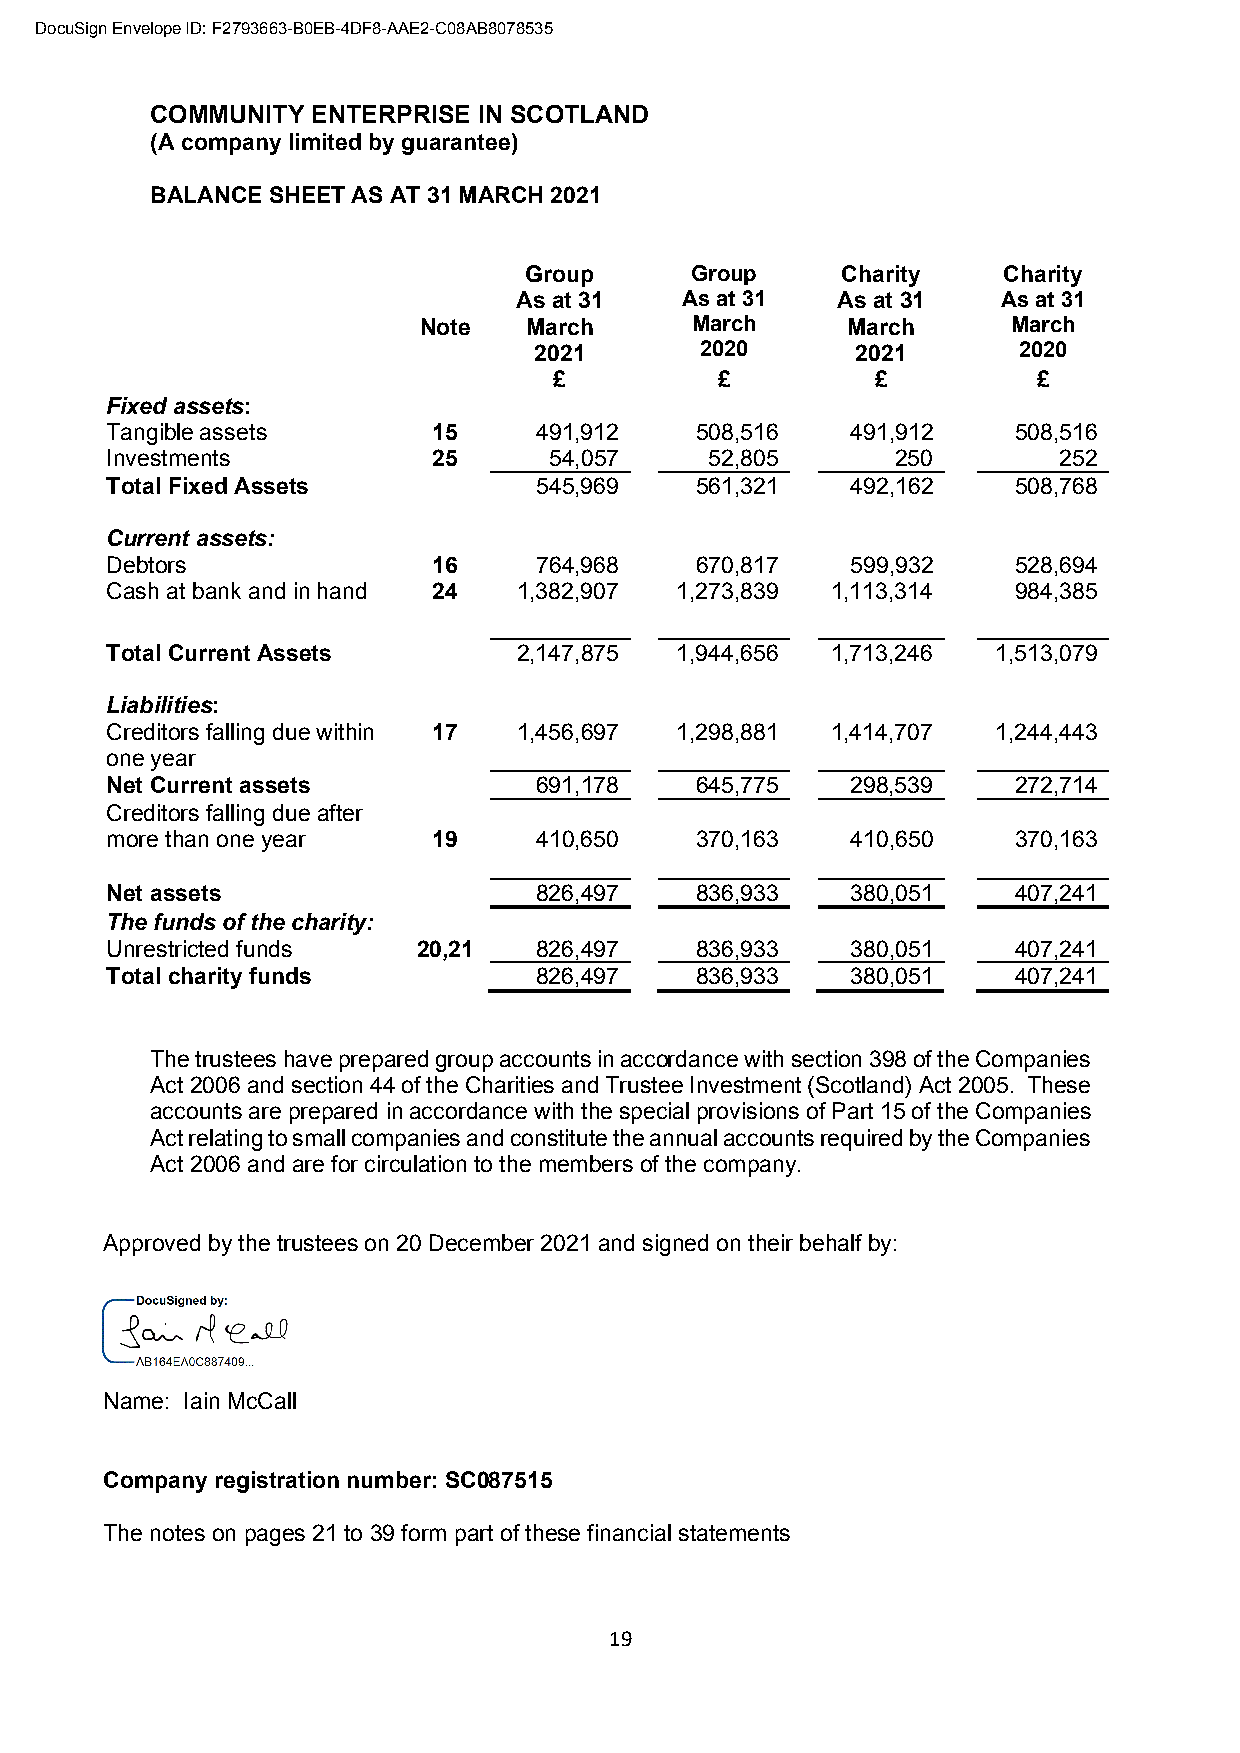
DocuSign Envelope ID: F2793663-B0EB-4DF8-AAE2-C08AB8078535
 COMMUNITY  ENTERPRISE IN SCOTLAND
 (A company limited by guarantee)
 BALANCE SHEET AS AT 31 MARCH 2021
 Group      Group     Charity   Charity
 As at 31   As at 31  As at 31   As at 31
 Note   March      March     March      March
 2021       2020       2021      2020
 £         £          £          £
 Fixed assets:
 Tangible assets       15    491,912    508,516   491,912    508,516
 Investments           25     54,057     52,805      250        252
 Total Fixed Assets          545,969    561,321   492,162    508,768
 Current assets:
 Debtors               16    764,968    670,817   599,932    528,694
 Cash at bank and in hand 24 1,382,907 1,273,839 1,113,314   984,385
 Total Current Assets       2,147,875  1,944,656 1,713,246  1,513,079
 Liabilities:
 Creditors falling due within 17 1,456,697 1,298,881 1,414,707 1,244,443
 one year
 Net Current assets          691,178    645,775   298,539    272,714
 Creditors falling due after
 more than one year    19    410,650    370,163   410,650    370,163
 Net assets                  826,497    836,933   380,051    407,241
 The funds of the charity:
 Unrestricted funds   20,21  826,497    836,933   380,051    407,241
 Total charity funds         826,497    836,933   380,051    407,241
 The trustees have prepared group accounts in accordance with section 398 of the Companies
 Act 2006 and section 44 of the Charities and Trustee Investment (Scotland) Act 2005. These
 accounts are prepared in accordance with the special provisions of Part 15 of the Companies
 Act relating to small companies and constitute the annual accounts required by the Companies
 Act 2006 and are for circulation to the members of the company.
 Approved by the trustees on 20 December 2021 and signed on their behalf by:
 Name: Iain McCall
 Company registration number: SC087515
 The notes on pages 21 to 39 form part of these financial statements
 19